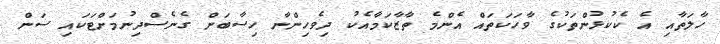
ހާލަތާއި އެ ކެކުޅުންތަކުގެ ވާހަކަތައް އެންމެ ތާޒާކަމާއެކު ދިވެހިންނާ ހިސާބަށް ގެނެސްދިނުމަށްޓަކައި ސަން